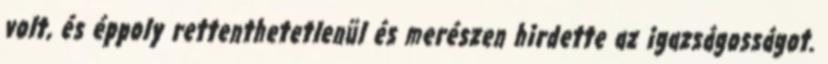
volt, és éppoly rettenthetetlenül és merészen hirdette az igazságosságot.